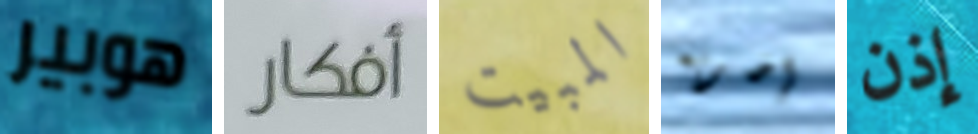
هوبير أفكار المبيت إضربه إذن